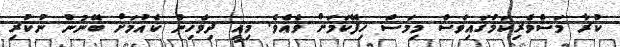
ކުރާ މަސްވެރިކަމުގައިވެސް މިމަސް ހިފޭކަމަށް ވެއެވެ. މިއީ ދިވެހިން ކެއުމަށް ބޭނުން ނުކުރި